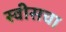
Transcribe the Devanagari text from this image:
स्वीसचा